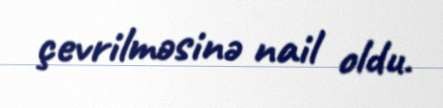
çevrilməsinə nail oldu.